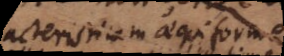
characteristicam aequiformem